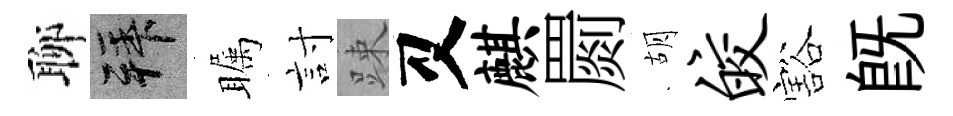
聊拜瞩討踈又麒罽胡皎豁旣